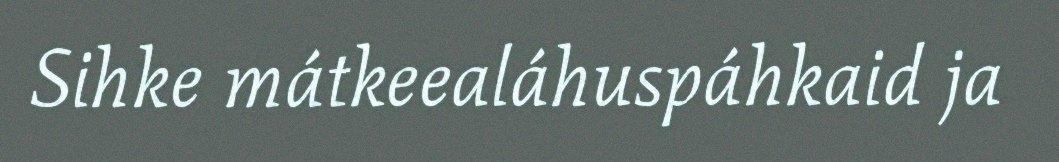
Sihke mátkeealáhuspáhkaid ja